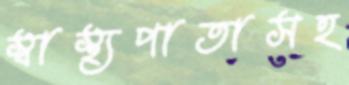
স্বাস্থ্যপাতাসহ